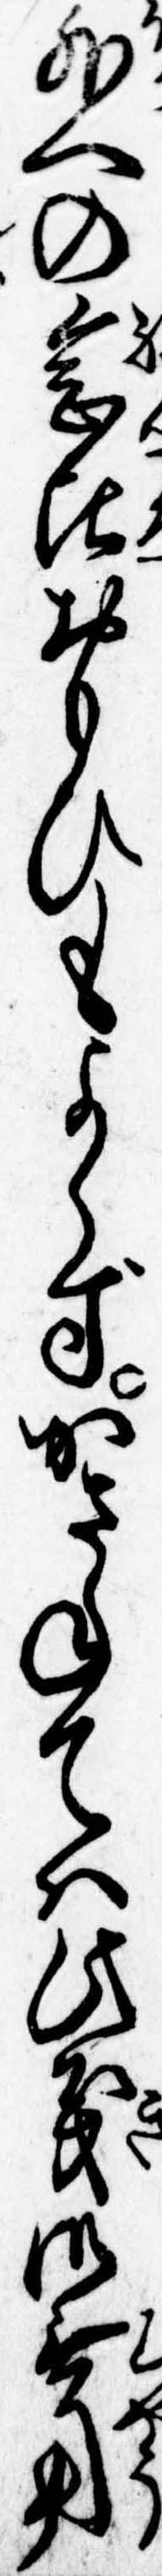
外への念比おもひもよらずかさねては此義御無用